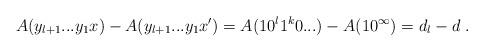
LaTeX: \begin{align*}A(y_{l+1}...y_1x) - A(y_{l+1}...y_1x') = A(10^{l}1^k0...) - A(10^\infty) = d_l -d \ .\end{align*}